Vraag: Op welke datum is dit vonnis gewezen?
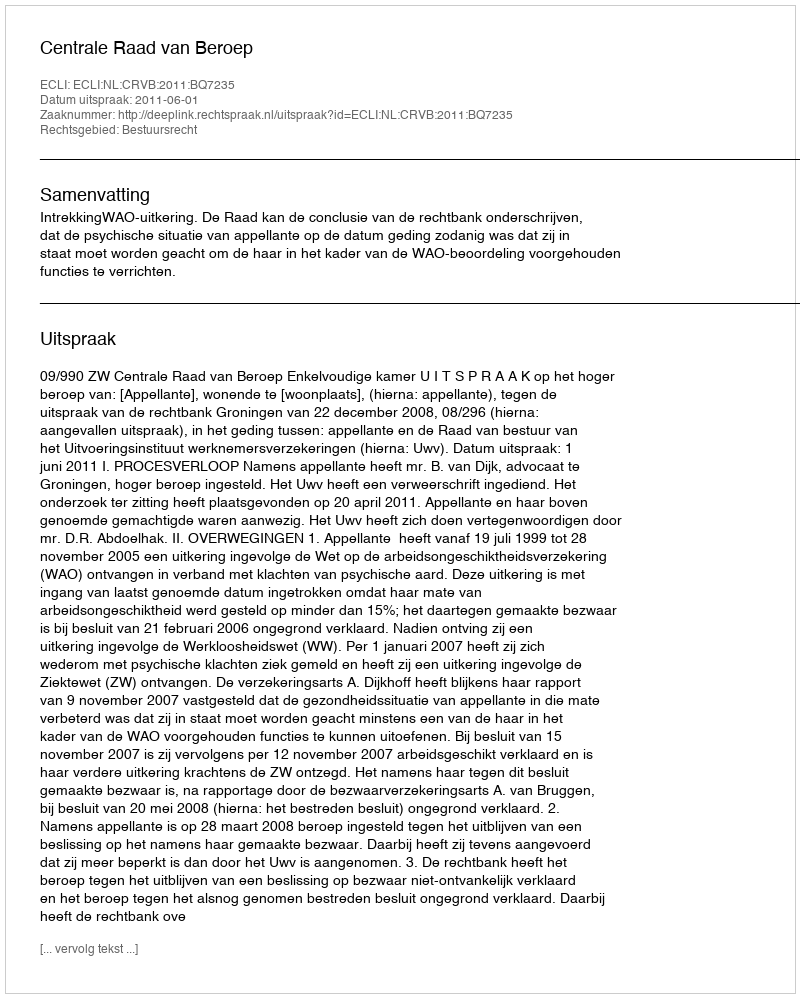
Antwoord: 2011-06-01